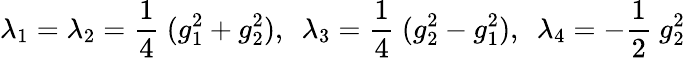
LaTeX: \lambda_{1}=\lambda_{2}=\frac{1}{4}~(g_{1}^{2}+g_{2}^{2}),~~\lambda_{3}=\frac{1}{4}~(g_{2}^{2}-g_{1}^{2}),~~\lambda_{4}=-\frac{1}{2}~g_{2}^{2}